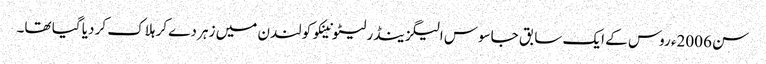
سن 2006ء روس کے ایک سابق جاسوس الیگزینڈر لیٹونینکو کو لندن میں زہر دے کر ہلاک کر دیا گیا تھا۔